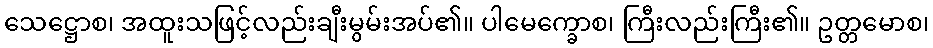
သေဋ္ဌောစ၊ အထူးသဖြင့်လည်းချီးမွမ်းအပ်၏။ ပါမေက္ခောစ၊ ကြီးလည်းကြီး၏။ ဥတ္တမောစ၊